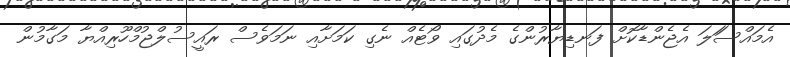
އެމައްސަަލަ އެޖެންޑާކޮށް ފަނޑިޔާރުންގެ މެދުގައި ވޯޓެއް ނެގި ކަމަށާއި ނަމަވެސް ރައީސުލްޖުމްހޫރިއްޔާ މަގާމުން